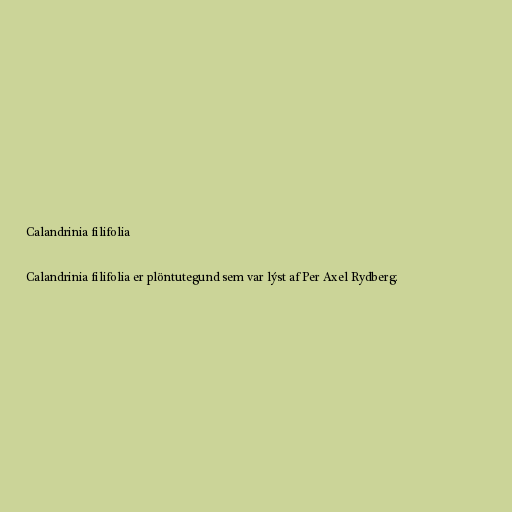
Calandrinia filifolia

Calandrinia filifolia er plöntutegund sem var lýst af Per Axel Rydberg.